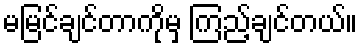
မမြင်ချင်တာကိုမှ ကြည့်ချင်တယ်။